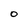
Character: O